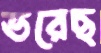
ভরেছ